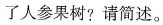
了人参果树?请简述。